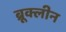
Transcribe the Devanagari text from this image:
ब्रूक्लीन